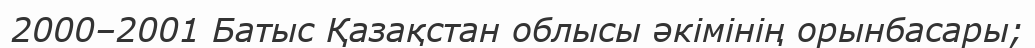
2000–2001 Батыс Қазақстан облысы әкімінің орынбасары;